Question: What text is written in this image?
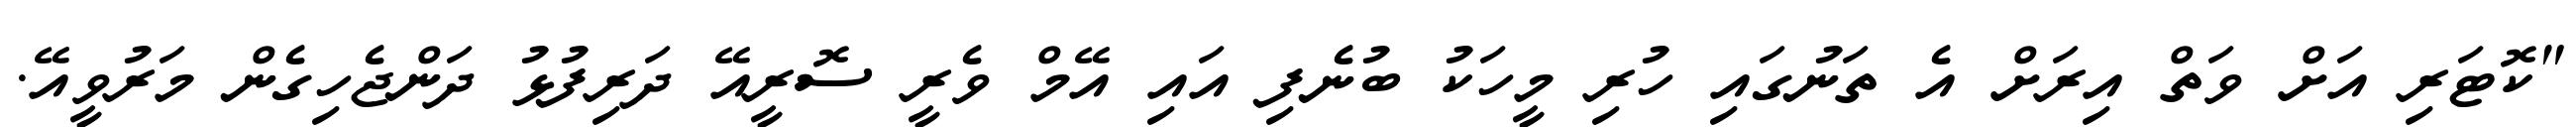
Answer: "ކޮޓަރި އަށް ވަތް އިރަށް އެ ތަނުގައި ހުރި މީހަކު ބުނެފި އައި އޭމް ވެރީ ސޮރީއޭ ދަރިފުޅު ދަންޖެހިގެން މަރުވީއޭ.